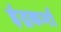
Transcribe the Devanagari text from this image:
इंद्रकर्मा